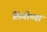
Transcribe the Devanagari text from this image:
लिगोच्या